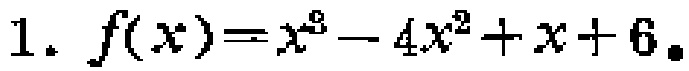
$1. \ f(x)=x^{3}-4x^{2}+x + 6.$